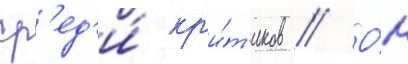
ср'ед'и́ кр'и́т'иков // О́н